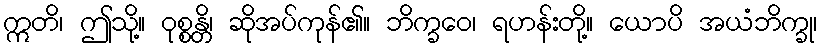
ဣတိ၊ ဤသို့။ ဝုစ္စန္တိ၊ ဆိုအပ်ကုန်၏။ ဘိက္ခဝေ၊ ရဟန်းတို့။ ယောပိ အယံဘိက္ခု၊